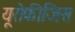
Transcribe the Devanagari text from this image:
यूरोफीजिस